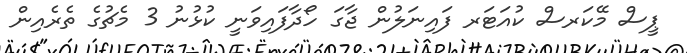
ޕީސް މޭކަރސް ކުއަޓަރ ފައިނަލުން ޖާގަ ހޯދާފައިވަނީ ކުޅުނު 3 މެޗުގެ ތެރެއިން